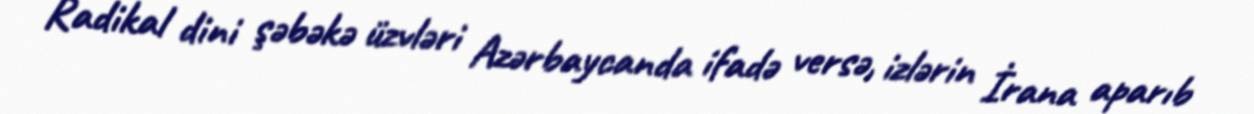
Radikal dini şəbəkə üzvləri Azərbaycanda ifadə versə, izlərin İrana aparıb